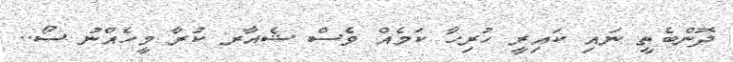
ދޮންބެތީ ނައި ކައިރީ ހުރިހާ ކަމެއް ވެސް ޝެއާރ ކުރާ މީހެއްނު ސޯ..